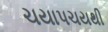
ચયાપચયથી